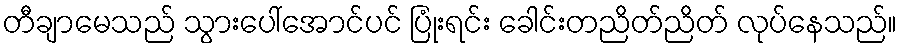
တီချာမေသည် သွားပေါ်အောင်ပင် ပြုံးရင်း ခေါင်းတညိတ်ညိတ် လုပ်နေသည်။